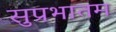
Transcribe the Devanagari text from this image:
सुप्रभातम